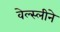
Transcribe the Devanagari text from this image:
वेल्स्लीने